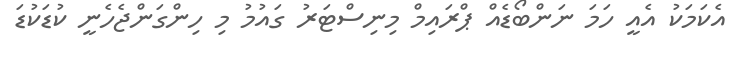
އެކަމަކު އެއީ ހަމަ ނަންބޯޑެއް ޕްރައިމް މިނިސްޓަރު ގައުމު މި ހިންގަންޖެހެނީ ކުޑަކުޑަ